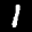
Label: 1